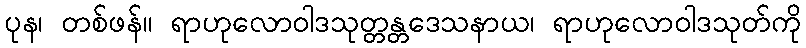
ပုန၊ တစ်ဖန်။ ရာဟုလောဝါဒသုတ္တန္တဒေသနာယ၊ ရာဟုလောဝါဒသုတ်ကို